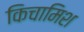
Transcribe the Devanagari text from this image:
किचामिश